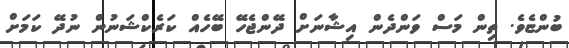
ބުންޏެވެ. ތިން މަސް ވަންދެން އިޝާނަށް ދޭންޖެހޭ ބޭހެއް ކަރެކްޝަނުން ނުދޭ ކަމަށް